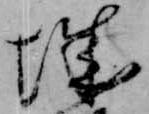
城